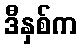
ဒီနှစ်က